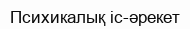
Психикалық іс-әрекет